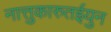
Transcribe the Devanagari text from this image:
नात्तुकारुतईयुन